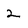
Character: 2